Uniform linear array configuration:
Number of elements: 64
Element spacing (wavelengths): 0.5
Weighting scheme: blackman
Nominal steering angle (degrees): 60
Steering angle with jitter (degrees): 60.826
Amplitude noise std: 0.05
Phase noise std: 0.05

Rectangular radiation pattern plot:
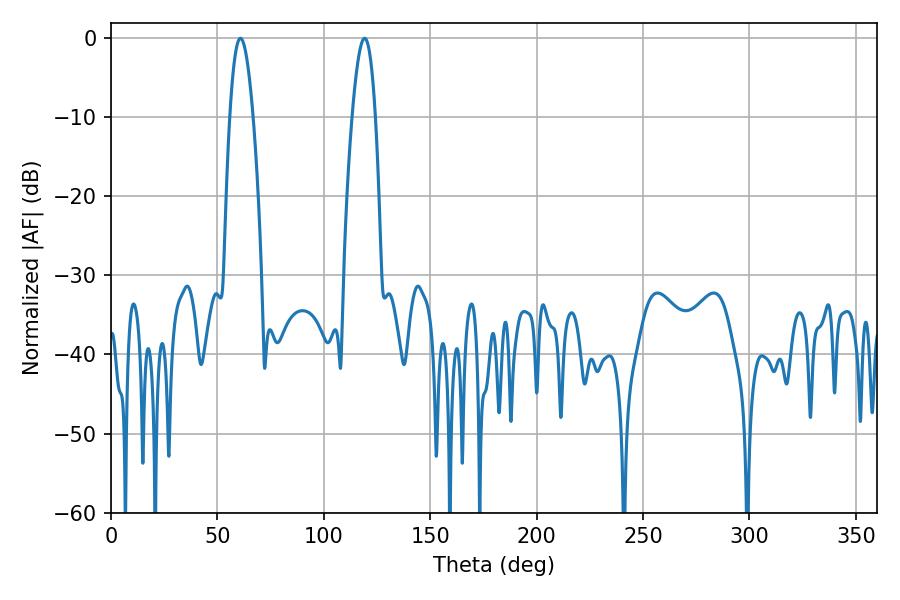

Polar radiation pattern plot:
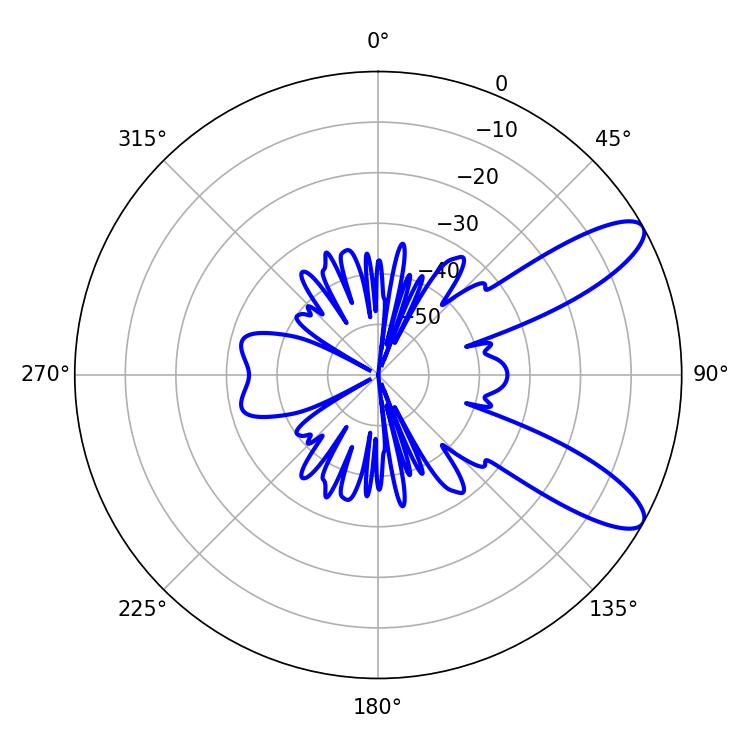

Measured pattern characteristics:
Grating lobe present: FALSE
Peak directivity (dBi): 10.048
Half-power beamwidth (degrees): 5.94
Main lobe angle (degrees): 60.84